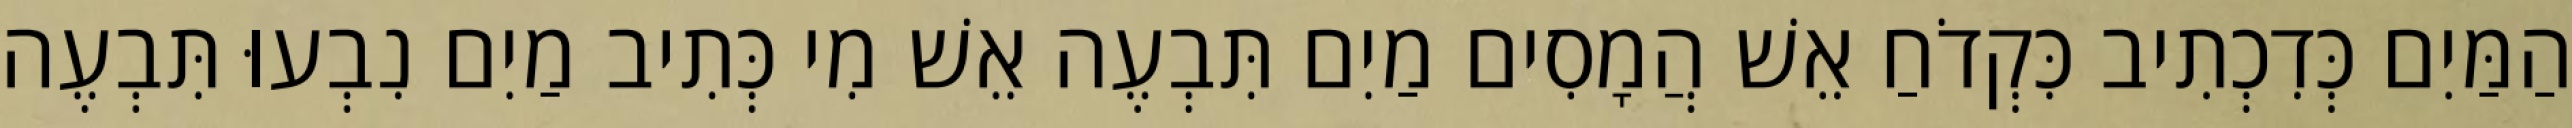
הַמַּיִם כְּדִכְתִיב כִּקְדֹחַ אֵשׁ הֲמָסִים מַיִם תִּבְעֶה אֵשׁ מִי כְּתִיב מַיִם נִבְעוּ תִּבְעֶה